Insane asylums in Bengal annual reports 1876-1887 - 1876-1887
Year: 1876
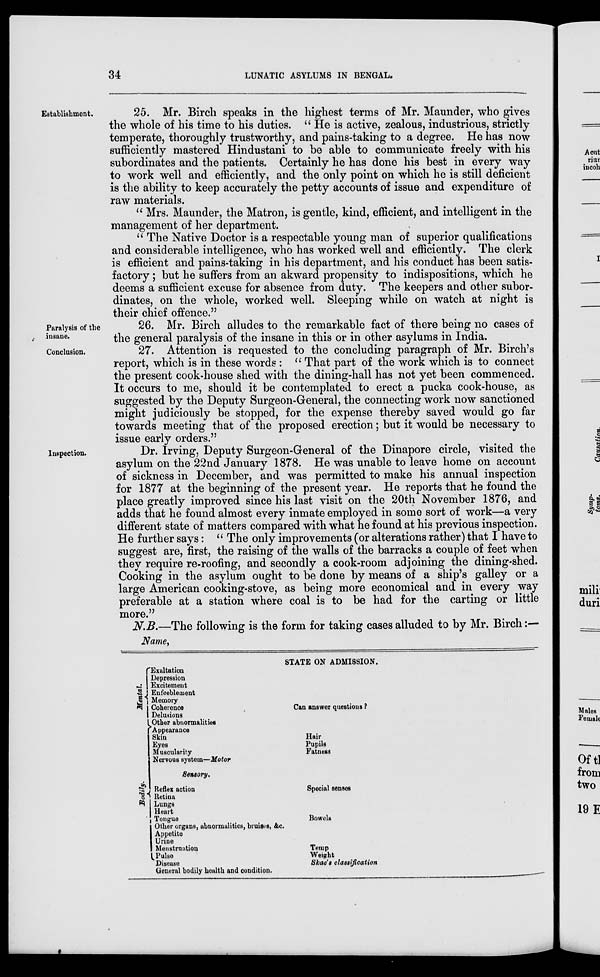
34
LUNATIC ASYLUMS IN BENGAL.
Establishment.
25. Mr. Birch speaks in the highest terms of Mr. Maunder, who gives
the whole of his time to his duties. " He is active, zealous, industrious, strictly
temperate, thoroughly trustworthy, and pains-taking to a degree. He has now
sufficiently mastered Hindustani to be able to communicate freely with his
subordinates and the patients. Certainly he has done his best in every way
to work well and efficiently, and the only point on which he is still deficient
is the ability to keep accurately the petty accounts of issue and expenditure of
raw materials.
" Mrs. Maunder, the Matron, is gentle, kind, efficient, and intelligent in the
management of her department.
" The Native Doctor is a respectable young man of superior qualifications
and considerable intelligence, who has worked well and efficiently. The clerk
is efficient and pains-taking in his department, and his conduct has been satis-
factory ; but he suffers from an akward propensity to indispositions, which he
deems a sufficient excuse for absence from duty. The keepers and other subor-
dinates, on the whole, worked well. Sleeping while on watch at night is
their chief offence."
Paralysis of the
insane.
26. Mr. Birch alludes to the remarkable fact of there being no cases of
the general paralysis of the insane in this or in other asylums in India.
Conclusion.
27. Attention is requested to the concluding paragraph of Mr. Birch's
report, which is in these words : " That part of the work which is to connect
the present cook-house shed with the dining-hall has not yet been commenced.
It occurs to me, should it be contemplated to erect a pucka cook-house, as
suggested by the Deputy Surgeon-General, the connecting work now sanctioned
might judiciously be stopped, for the expense thereby saved would go far
towards meeting that of the proposed erection; but it would be necessary to
issue early orders."
Inspection.
Dr. Irving, Deputy Surgeon-General of the Dinapore circle, visited the
asylum on the 22nd January 1878. He was unable to leave home on account
of sickness in December, and was permitted to make his annual inspection
for 1877 at the beginning of the present year. He reports that he found the
place greatly improved since his last visit on the 20th November 1876, and
adds that he found almost every inmate employed in some sort of work—a very
different state of matters compared with what he found at his previous inspection.
He further says: " The only improvements (or alterations rather) that I have to
suggest are, first, the raising of the walls of the barracks a couple of feet when
they require re-roofing, and secondly a cook-room adjoining the dining-shed.
Cooking in the asylum ought to be done by means of a ship's galley or a
large American cooking-stove, as being more economical and in every way
preferable at a station where coal is to be had for the carting or little
more."
N.B.—The following is the form for taking cases alluded to by Mr. Birch :—
Name,
Mental.
Bodily.
Exaltation
Depression
Excitement
Enfeeblement
Memory
Coherence
Delusions
Other abnormalities
Appearance
Skin
Eyes
Muscularity
Nervous system—Motor
STATE ON ADMISSION.
Can answer questions ?
Hair
Pupils
Fatness
Sensory.
Reflex action
Retina
Lungs
Heart
Tongue
Other organs, abnormalities, bruises, &c.
Appetite
Urine
Menstruation
Pulse
Disease
General bodily health and condition.
Special senses
Bowels
Temp
Weight
Skae's classification